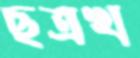
ছত্রখ